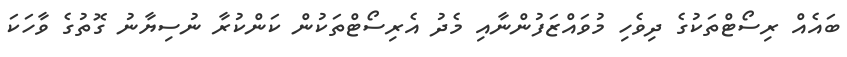
ބައެއް ރިސޯޓްތަކުގެ ދިވެހި މުވައްޒަފުންނާއި މެދު އެރިސޯޓްތަކުން ކަންކުރާ ނުސިޔާނު ގޮތުގެ ވާހަކަ